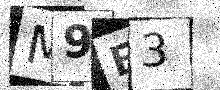
Text: M9E3